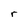
Character: r